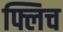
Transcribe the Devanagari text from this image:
फ्लिच